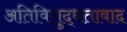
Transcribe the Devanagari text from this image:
अतिविशुद्धतावाद